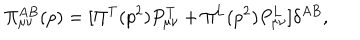
\Pi _ { \mu \nu } ^ { A B } ( p ) = [ \Pi ^ { \mathrm { T } } ( p ^ { 2 } ) P _ { \mu \nu } ^ { \mathrm { T } } + \Pi ^ { \mathrm { L } } ( p ^ { 2 } ) P _ { \mu \nu } ^ { \mathrm { L } } ] \delta ^ { A B } ,